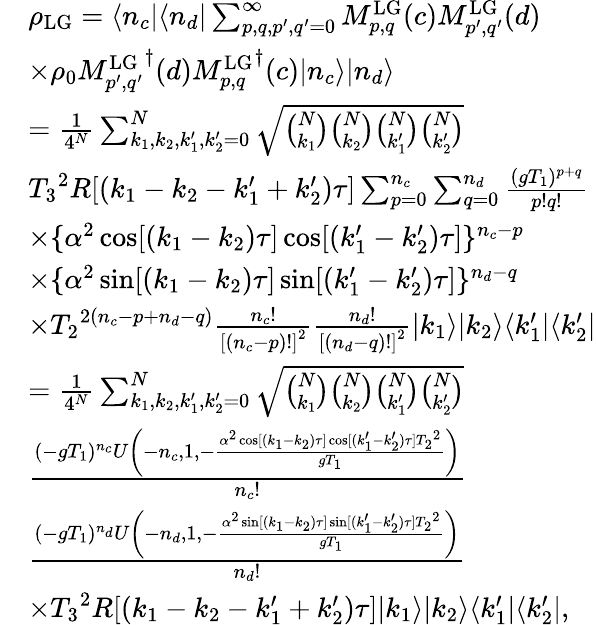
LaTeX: \begin{array}{rl}&{\rho_{\mathrm{LG}}=\langle n_{c}|\langle n_{d}|\sum_{p,q,p^{\prime},q^{\prime}=0}^{\infty}M_{p,q}^{\mathrm{LG}}(c)M_{p^{\prime},q^{\prime}}^{\mathrm{LG}}(d)}\\ &{\times\rho_{0}{M_{p^{\prime},q^{\prime}}^{\mathrm{LG}}}^{\dagger}(d){M_{p,q}^{\mathrm{LG}}}^{\dagger}(c)|n_{c}\rangle|n_{d}\rangle}\\ &{=\frac{1}{4^{N}}\sum_{k_{1},k_{2},k_{1}^{\prime},k_{2}^{\prime}=0}^{N}\sqrt{\binom{N}{k_{1}}\binom{N}{k_{2}}\binom{N}{k_{1}^{\prime}}\binom{N}{k_{2}^{\prime}}}}\\ &{{T_{3}}^{2}R[(k_{1}-k_{2}-k_{1}^{\prime}+k_{2}^{\prime})\tau]\sum_{p=0}^{n_{c}}\sum_{q=0}^{n_{d}}\frac{(gT_{1})^{p+q}}{p!q!}}\\ &{\times\{ \alpha^{2}\cos[(k_{1}-k_{2})\tau]\cos[(k_{1}^{\prime}-k_{2}^{\prime})\tau]\} ^{n_{c}-p}}\\ &{\times\{ \alpha^{2}\sin[(k_{1}-k_{2})\tau]\sin[(k_{1}^{\prime}-k_{2}^{\prime})\tau]\} ^{n_{d}-q}}\\ &{\times{T_{2}}^{2(n_{c}-p+n_{d}-q)}\frac{n_{c}!}{{[(n_{c}-p)!]}^{2}}\frac{n_{d}!}{{[(n_{d}-q)!]}^{2}}|k_{1}\rangle|k_{2}\rangle\langle k_{1}^{\prime}|\langle k_{2}^{\prime}|}\\ &{=\frac{1}{4^{N}}\sum_{k_{1},k_{2},k_{1}^{\prime},k_{2}^{\prime}=0}^{N}\sqrt{\binom{N}{k_{1}}\binom{N}{k_{2}}\binom{N}{k_{1}^{\prime}}\binom{N}{k_{2}^{\prime}}}}\\ &{\frac{(-g{T_{1}})^{{n_{c}}}U\left(-{n_{c}},1,-\frac{\alpha^{2}\cos[({k_{1}}-{k_{2}})\tau]\cos[({k_{1}^{\prime}}-{k_{2}^{\prime}})\tau]{T_{2}}^{2}}{g{T_{1}}}\right)}{{n_{c}}!}}\\ &{\frac{(-g{T_{1}})^{{n_{d}}}U\left(-{n_{d}},1,-\frac{\alpha^{2}\sin[({k_{1}}-{k_{2}})\tau]\sin[({k_{1}^{\prime}}-{k_{2}^{\prime}})\tau]{T_{2}}^{2}}{g{T_{1}}}\right)}{{n_{d}}!}}\\ &{\times{T_{3}}^{2}R[(k_{1}-k_{2}-k_{1}^{\prime}+k_{2}^{\prime})\tau]|k_{1}\rangle|k_{2}\rangle\langle k_{1}^{\prime}|\langle k_{2}^{\prime}|,}\end{array}